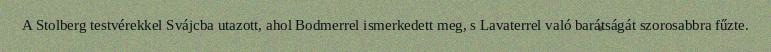
A Stolberg testvérekkel Svájcba utazott, ahol Bodmerrel ismerkedett meg, s Lavaterrel való barátságát szorosabbra fűzte.